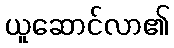
ယူဆောင်လာ၏